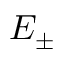
E _ { \pm }